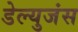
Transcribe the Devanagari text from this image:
डेल्युजंस